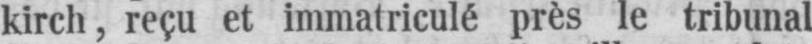
kirch, reçu et immatriculé près le tribunal